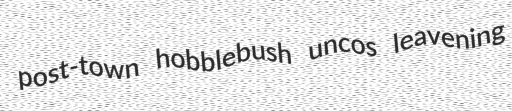
post-town hobblebush uncos leavening